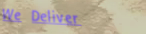
We Deliver